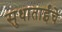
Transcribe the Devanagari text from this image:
सुधाताईंचे